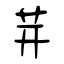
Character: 茾